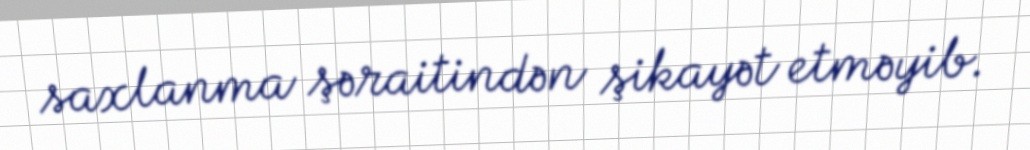
saxlanma şəraitindən şikayət etməyib.